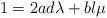
LaTeX: \begin{align*}1 = 2ad \lambda + bl \mu\end{align*}